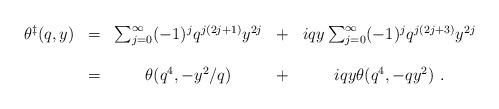
LaTeX: \begin{align*}\begin{array}{ccccc}\theta ^{\ddagger}(q,y)&=&\sum _{j=0}^{\infty}(-1)^jq^{j(2j+1)}y^{2j}&+&iqy\sum _{j=0}^{\infty}(-1)^jq^{j(2j+3)}y^{2j}\\ \\ &=&\theta (q^4,-y^2/q)&+&iqy\theta (q^4,-qy^2)~.\end{array}\end{align*}